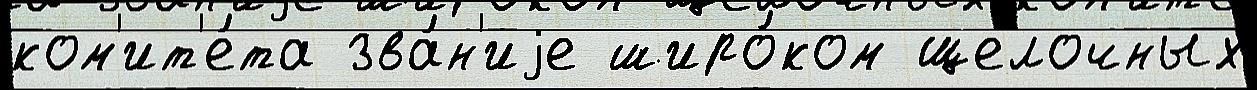
ком'ит'е́та зва́н'иjе широ́ком щелочных